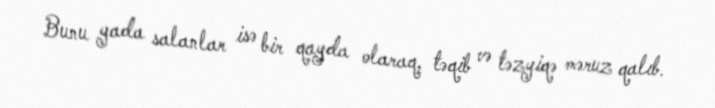
Bunu yada salanlar isə bir qayda olaraq, təqib və təzyiqə məruz qalıb.